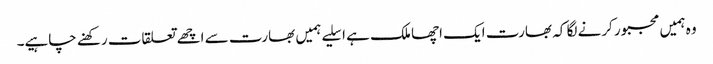
وہ ہمیں مجبور کرنے لگا کہ بھارت ایک اچھا ملک ہے ا سلیے ہمیں بھارت سے اچھے تعلقات رکھنے چاہیے۔